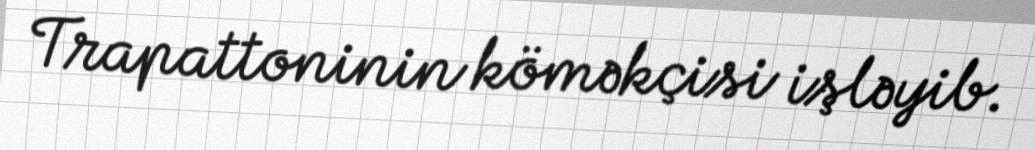
Trapattoninin köməkçisi işləyib.